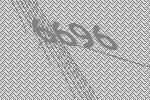
6696